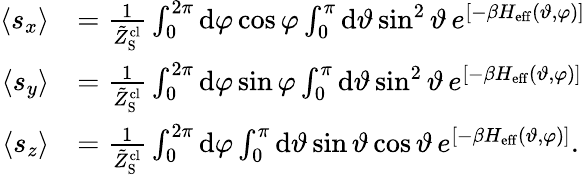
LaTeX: \begin{array}{rl}{\langle s_{x}\rangle}&{=\frac{1}{\tilde{Z}_{\mathrm{S}}^{\mathrm{cl}}}\int_{0}^{2\pi}\mathrm{d}\varphi\cos\varphi\int_{0}^{\pi}\mathrm{d}\vartheta\sin^{2}\vartheta\, e^{\left[-\beta H_{\mathrm{eff}}(\vartheta,\varphi)\right]}}\\ {\langle s_{y}\rangle}&{=\frac{1}{\tilde{Z}_{\mathrm{S}}^{\mathrm{cl}}}\int_{0}^{2\pi}\mathrm{d}\varphi\sin\varphi\int_{0}^{\pi}\mathrm{d}\vartheta\sin^{2}\vartheta\, e^{\left[-\beta H_{\mathrm{eff}}(\vartheta,\varphi)\right]}}\\ {\langle s_{z}\rangle}&{=\frac{1}{\tilde{Z}_{\mathrm{S}}^{\mathrm{cl}}}\int_{0}^{2\pi}\mathrm{d}\varphi\int_{0}^{\pi}\mathrm{d}\vartheta\sin\vartheta\cos\vartheta\, e^{\left[-\beta H_{\mathrm{eff}}(\vartheta,\varphi)\right]}.}\end{array}